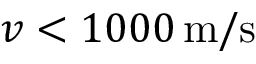
v < 1 0 0 0 \, \mathrm { m / s }